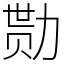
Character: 勚